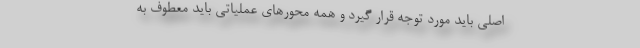
اصلی باید مورد توجه قرار گیرد و همه محورهای عملیاتی باید معطوف به